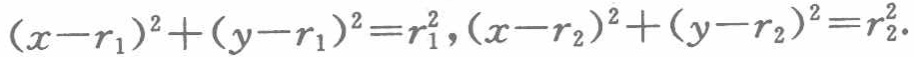
\((x - r_1)^2 + (y - r_1)^2 = r_1^2, (x - r_2)^2 + (y - r_2)^2 = r_2^2.\)